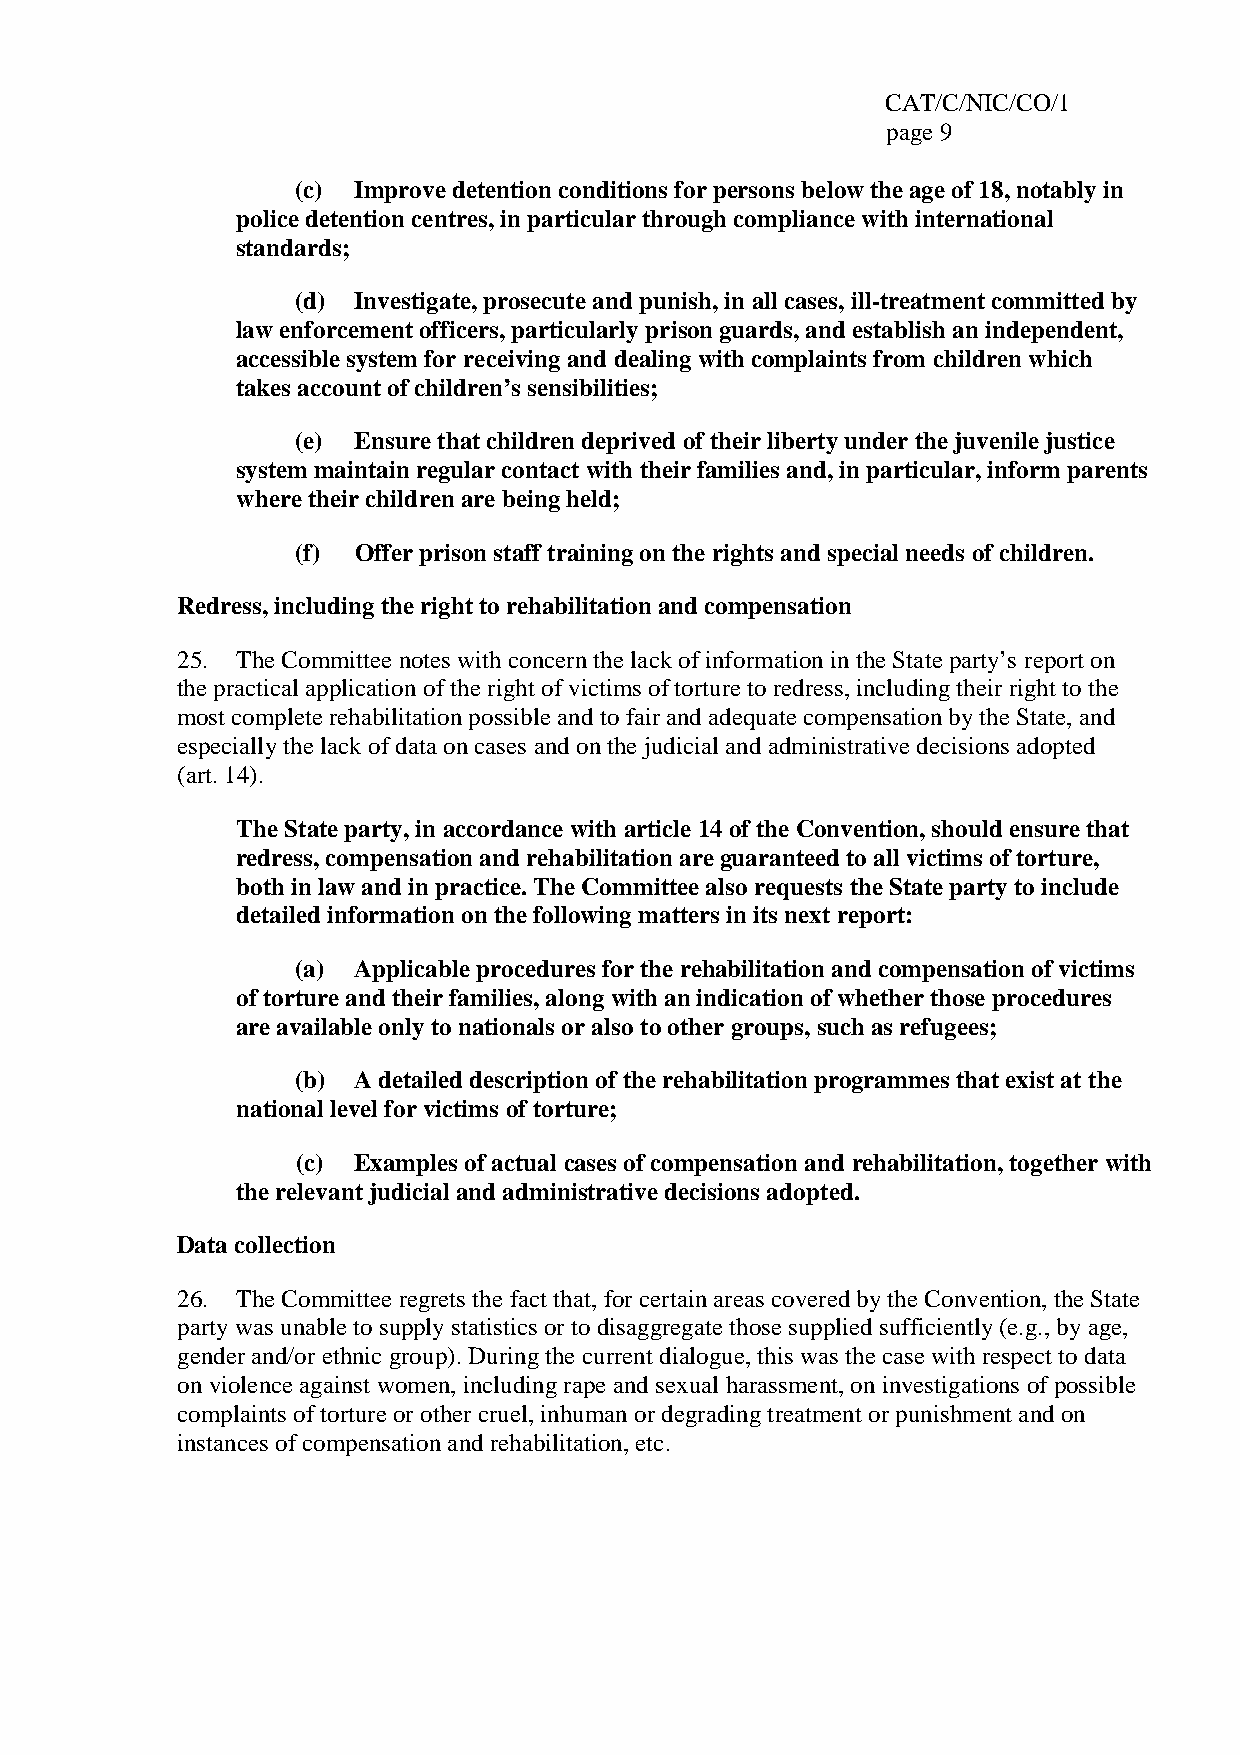
CAT/C/NIC/CO/1
 page 9
 (c) Improve detention conditions for persons below the age of 18, notably in
 police detention centres, in particular through compliance with international
 standards;
 (d) Investigate, prosecute and punish, in all cases, ill-treatment committed by
 law enforcement officers, particularly prison guards, and establish an independent,
 accessible system for receiving and dealing with complaints from children which
 takes account of children’s sensibilities;
 (e) Ensure that children deprived of their liberty under the juvenile justice
 system maintain regular contact with their families and, in particular, inform parents
 where their children are being held;
 (f) Offer prison staff training on the rights and special needs of children.
 Redress, including the right to rehabilitation and compensation
 25. The Committee notes with concern the lack of information in the State party’s report on
 the practical application of the right of victims of torture to redress, including their right to the
 most complete rehabilitation possible and to fair and adequate compensation by the State, and
 especially the lack of data on cases and on the judicial and administrative decisions adopted
 (art. 14).
 The State party, in accordance with article 14 of the Convention, should ensure that
 redress, compensation and rehabilitation are guaranteed to all victims of torture,
 both in law and in practice. The Committee also requests the State party to include
 detailed information on the following matters in its next report:
 (a) Applicable procedures for the rehabilitation and compensation of victims
 of torture and their families, along with an indication of whether those procedures
 are available only to nationals or also to other groups, such as refugees;
 (b) A detailed description of the rehabilitation programmes that exist at the
 national level for victims of torture;
 (c) Examples of actual cases of compensation and rehabilitation, together with
 the relevant judicial and administrative decisions adopted.
 Data collection
 26. The Committee regrets the fact that, for certain areas covered by the Convention, the State
 party was unable to supply statistics or to disaggregate those supplied sufficiently (e.g., by age,
 gender and/or ethnic group). During the current dialogue, this was the case with respect to data
 on violence against women, including rape and sexual harassment, on investigations of possible
 complaints of torture or other cruel, inhuman or degrading treatment or punishment and on
 instances of compensation and rehabilitation, etc.